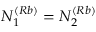
N _ { 1 } ^ { ( R b ) } = N _ { 2 } ^ { ( R b ) }